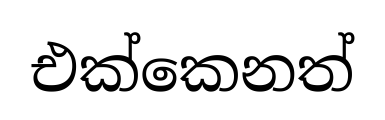
එක්කෙනත්